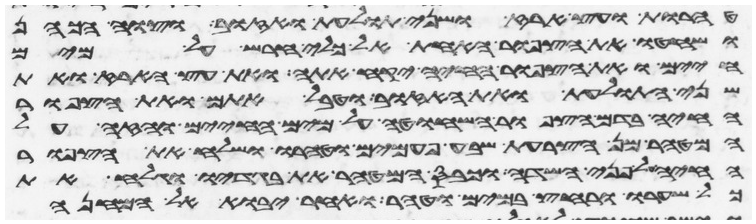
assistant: טהרות ועץ ארז ושני תולעת ואזוב וצוה הכהן
ושחטו את הצפור האחת אל כלי חרש על מים
חיים ואת הצפור החיה יקח אתה ואת עץ הארז ואת
שני התולעת ואת האזוב וטבל אתם ואת הצפור
החיה בדם הצפור השחוטה על מים החיים והזה על
המטהר מן הצרעת שבע פעמים וטהרו ושלח את הצפור
החיה על פני השדה וכבס המטהר את בגדיו וגלח את
כל שערו ורחץ במים וטהר ואחר יבוא אל המחנה